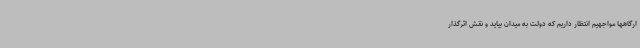
ارگاهها مواجهیم انتظار داریم که دولت به میدان بیاید و نقش اثرگذار